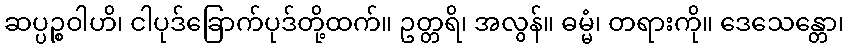
ဆပ္ပဉ္စဝါဟိ၊ ငါပုဒ်ခြောက်ပုဒ်တို့ထက်။ ဥတ္တရိ၊ အလွန်။ ဓမ္မံ၊ တရားကို။ ဒေသေန္တော၊